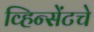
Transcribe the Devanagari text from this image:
व्हिन्सेंटचे